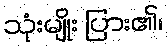
သုံးမျိုး ပြား၏၊